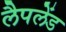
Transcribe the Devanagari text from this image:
लैपलेंड